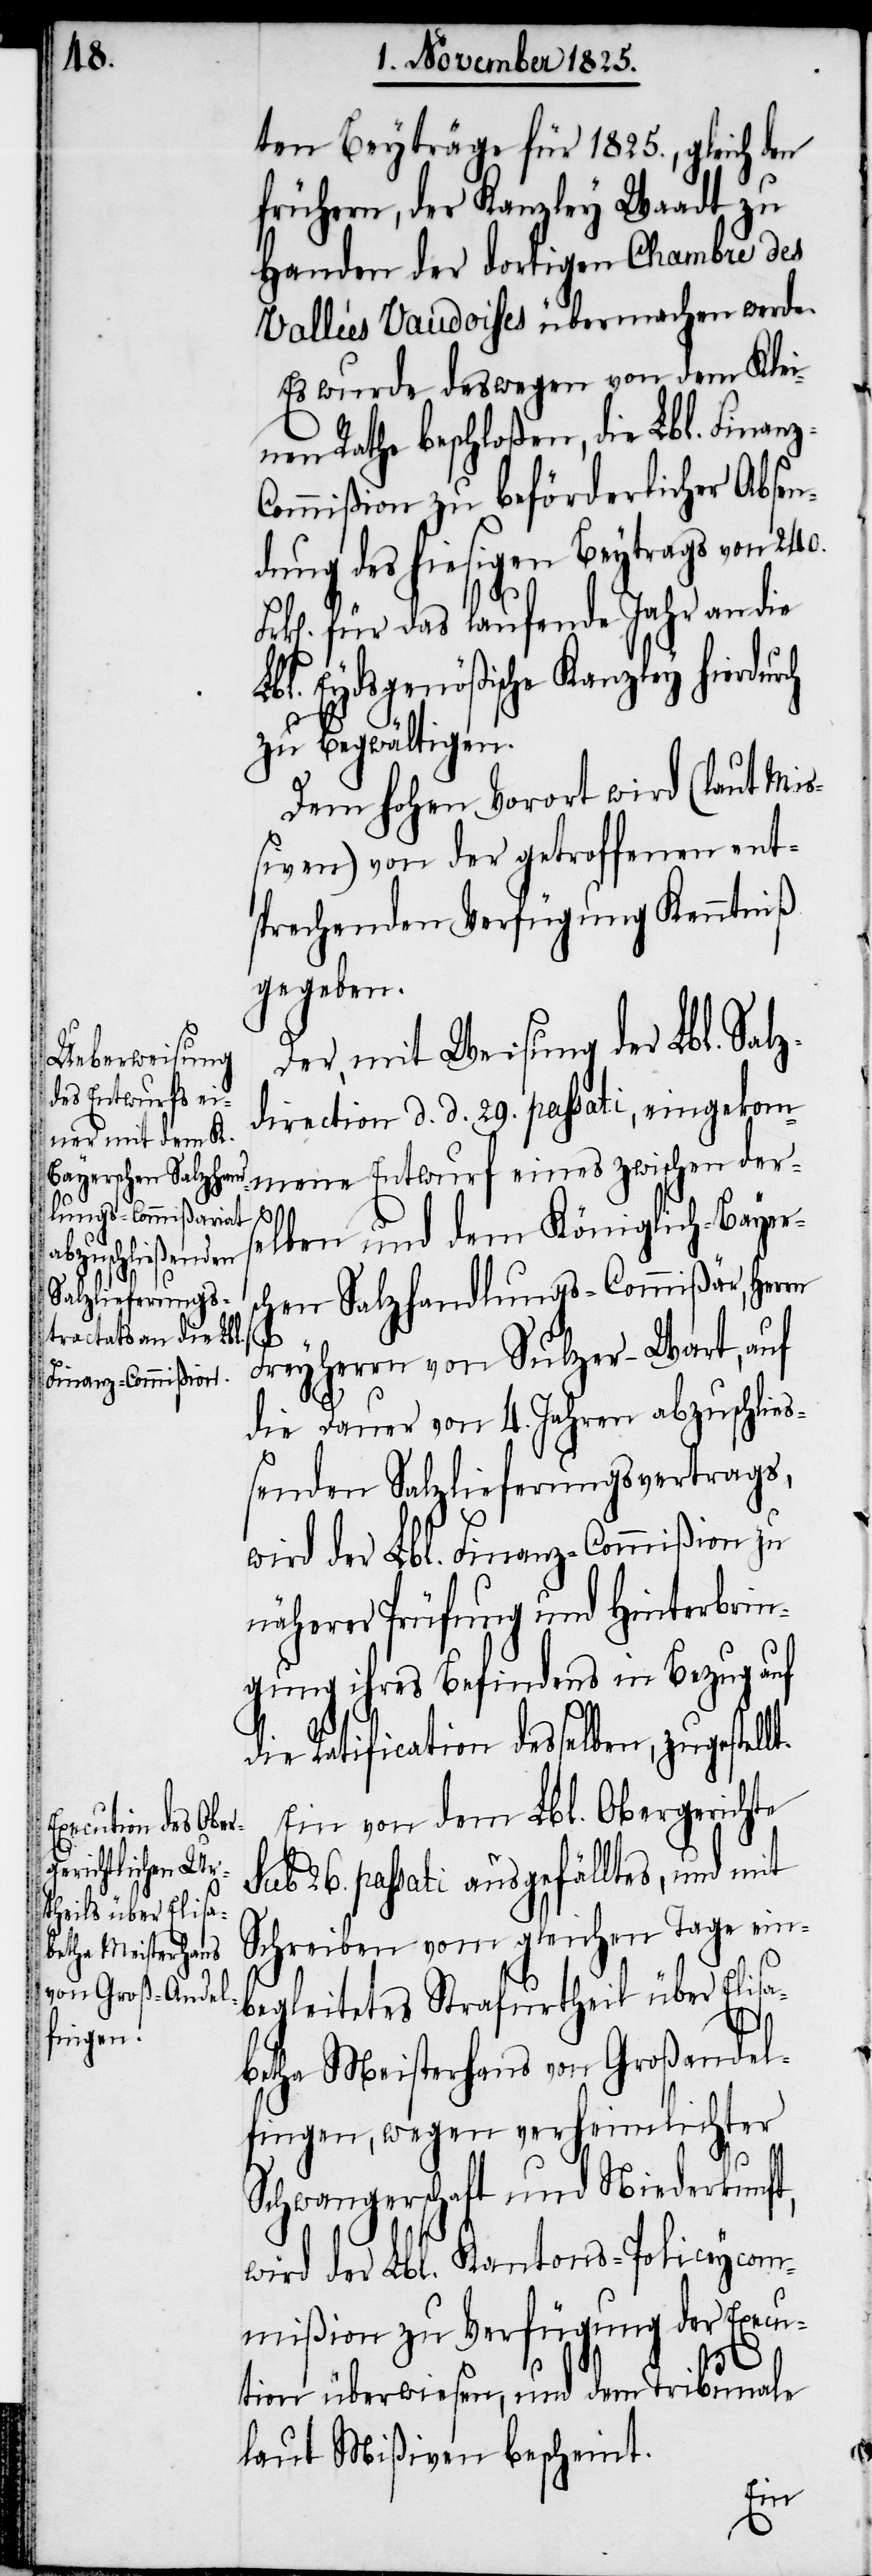
tem Beyträge für 1825., gleich den
frühern, der Kanzley Waadt zu
Handen der dortigen Chambre des
Vallées Vaudoises übermachen werde.
Es wurde deswegen von dem Klei¬
nen Rathe beschloßen, die Lbl. Finan¬
ommißion zu beförderlicher Absen¬
dung des hiesigen Beytrags von 240.
k[en]. für das laufende Jahr an die
bl. Eydsgenößische Kanzley hierdu¬
zu begwältigen.
Dem hohen Vorort wird (laut Mi¬
ßiven) von der getroffenen ent¬
sprechenden Verfügung Kenntniß
gegeben.
Der, mit Weisung der Lbl. Salz¬
direction d. d. 29. passati, eingekom¬
mene Entwurf eines zwischen ders¬
elben und dem Königlich-Bayers¬
chen Salzhandlungs-Commißär, Herr
L¬
Freyherrn von Sulzer-Wart, auf
die Dauer von 4. Jahren abzuschließ¬
enden Salzlieferungsvertrags,
wird der Lbl. Finanz-Commißion zu
näherer Prüfung und Hinterbrin¬
gung ihres Befindens in Bezug auf
die Ratification desselben, zugestellt.
Ein von dem Lbl. Obergerichte
sub 26. passati ausgefälltes, und mit
Schreiben vom gleichen Tage ein¬
begleitetes Strafurtheil über Elisa¬
betha Meisterhans von Großandel¬
fingen, wegen verheimlichter
rch
Schwangerschaft und Niederkunft,
wird der Lbl. Kantons-Policeycom¬
mißion zu Verfügung der Execu¬
tion überwiesen, und dem Tribunale
laut Mißiven bescheint.